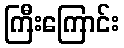
ကြီးကြောင်း